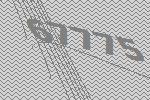
67775